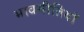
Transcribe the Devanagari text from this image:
भावगीतियों